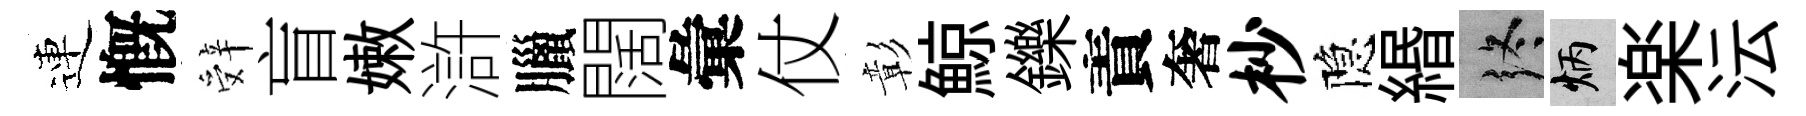
連慨辤盲嫩滸臘闊彙仗彰鯨鑠責奢杪隐緡终炳楽沄